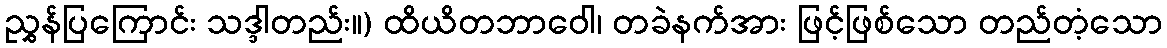
ညွှန်ပြကြောင်း သဒ္ဒါတည်း။) ထိယိတဘာဝေါ၊ တခဲနက်အား ဖြင့်ဖြစ်သော တည်တံ့သော